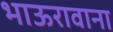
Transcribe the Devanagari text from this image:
भाऊरावाना